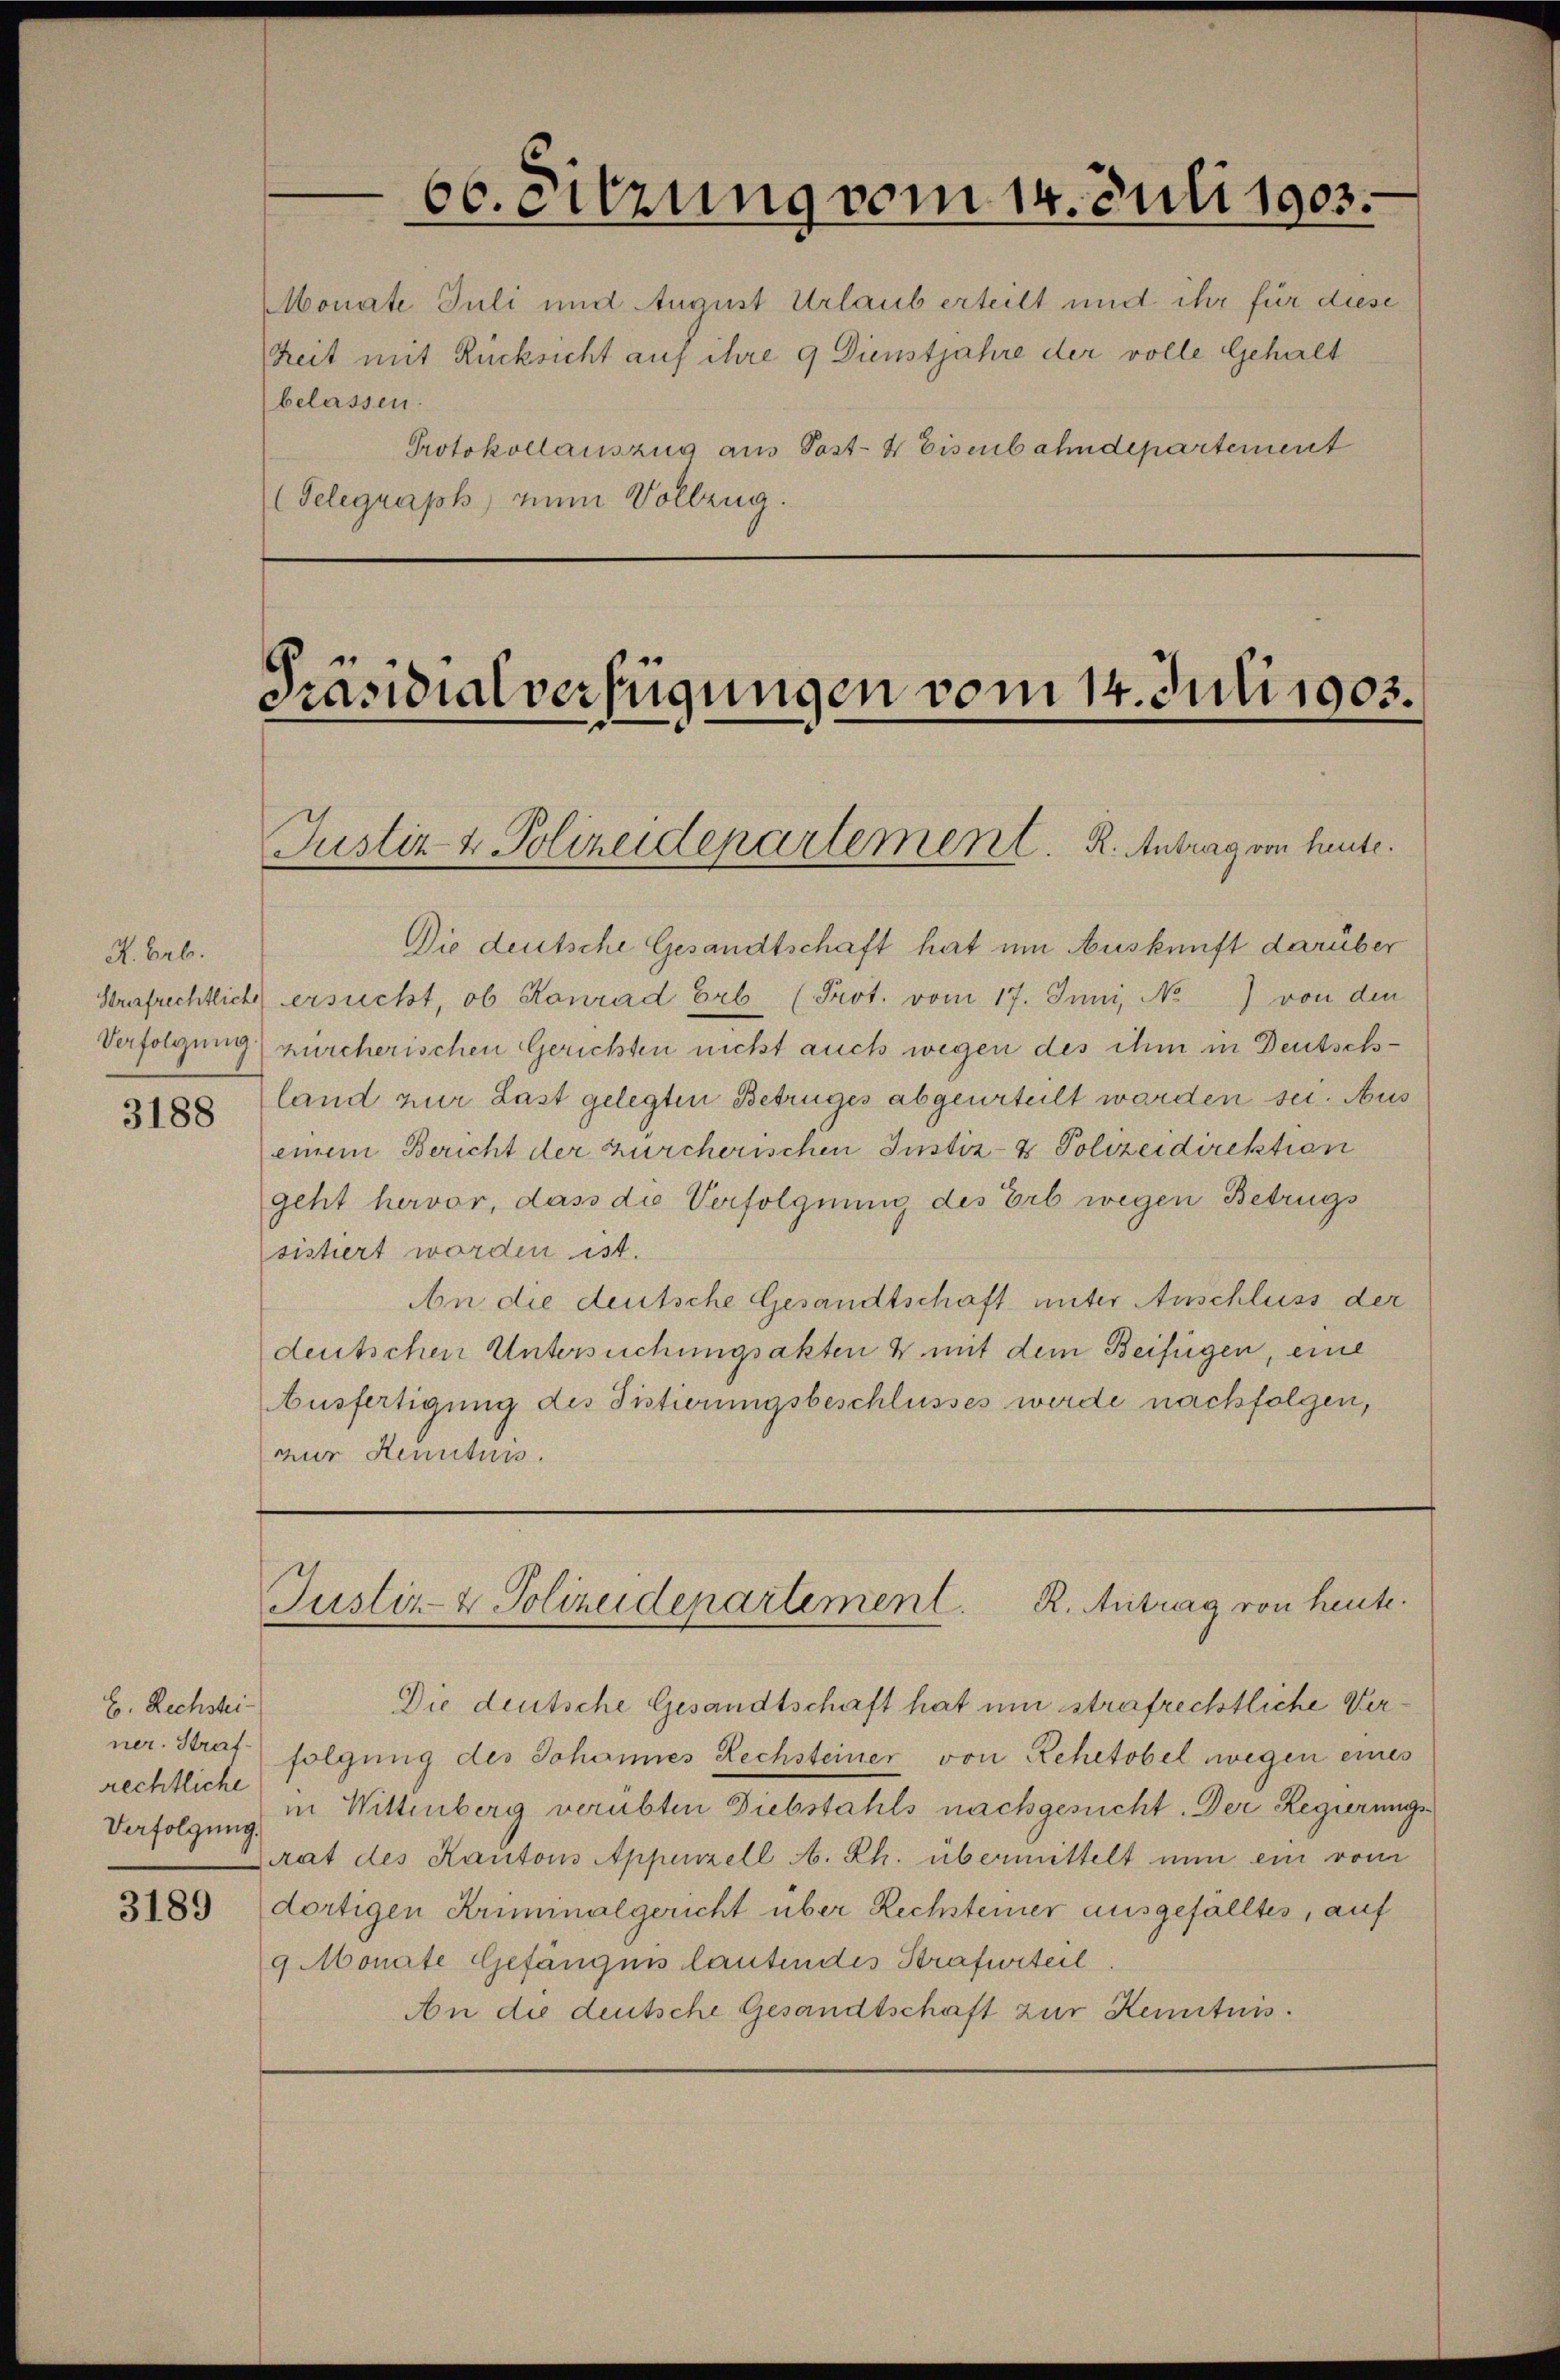
R. Arb.

3188

E. Rechstei-
ner. Strafrechtliche

3189

66. Sitzung vom 14. Juli 1903.
Monate Juli und August Urlaub erteilt und ihr für diese

Telegraph, zum Vollzug.

heit mit Rücksicht auf ihre 9 Dienstjahre der volle Gehalt
belassen.
Protokollauszug aus Post- & Eisenbahndepartement

Präsidialverfügungen vom 14. Juli 1903.
Justiz & Polizeidepartement. R. Antrag von heute.

Die deutsche Gesandtschaft hat um Auskunft darüber
Srerfrechtliche ersucht, ob Konrad Erb (Prot. vom 17. Juni, No) von den
Verfolgung) zürcherischen Gerichten nicht auch wegen des ihm in Deutschland zur Last gelegten Betruges abgeurteilt werden sei. Aus
einem Bericht der zürcherischen Justiz- & Polizeidirektion
geht hervor, dass die Verfolgnung des Erb wegen Betrugs
sistiert worden ist.
An die deutsche Gesandtschaft unter Anschluss der
deutschen Untersuchungsakten & mit dem Beifügen, eine
Ausfertigung des Fistierungsbeschlusses werde nachfolgen,
zur Kenntnis.

Justiz- & Polizeidepartement. R. Antrag von heute.

Die deutsche Gesandtschaft hat um strafrechtliche Verfolgung des Johannes Rechsteiner von Rehetobel wegen eines
Verfolgung in Wittenberg verübten Diebstahls nachgesucht. Der Regierungs¬
Zirat des Kantons Appenzell A. Rh. übermittelt nun ein vom
dortigen Kriminalgericht über Rechsteiner ausgefälltes, auf
9 Monate Gefängnis lautendes Strafurteil
An die deutsche Gesandtschaft zur Kenntnis.